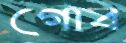
গোব